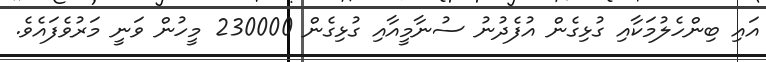
އައި ބިންހެލުމަކާއި ގުޅިގެން އުފެދުނު ސުނާމީއާއި ގުޅިގެން 230000 މީހުން ވަނީ މަރުވެފައެވެ.